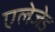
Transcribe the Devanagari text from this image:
एलेजेड